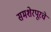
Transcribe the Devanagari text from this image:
समशेरपूरचे